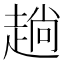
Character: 趟